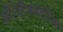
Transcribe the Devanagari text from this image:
अँेटिबायोटिक्स